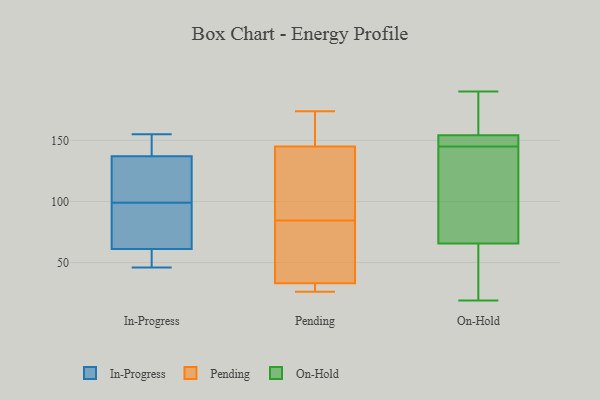
{"axis": {"x": "Conversion Rate (%)", "y": "Value"}, "legend": ["In-Progress", "On-Hold", "Pending"], "data": [{"x": "", "y": 115, "type": "In-Progress"}, {"x": "", "y": 47, "type": "In-Progress"}, {"x": "", "y": 61, "type": "In-Progress"}, {"x": "", "y": 86, "type": "In-Progress"}, {"x": "", "y": 100, "type": "In-Progress"}, {"x": "", "y": 48, "type": "In-Progress"}, {"x": "", "y": 145, "type": "In-Progress"}, {"x": "", "y": 46, "type": "In-Progress"}, {"x": "", "y": 98, "type": "In-Progress"}, {"x": "", "y": 96, "type": "In-Progress"}, {"x": "", "y": 152, "type": "In-Progress"}, {"x": "", "y": 137, "type": "In-Progress"}, {"x": "", "y": 119, "type": "In-Progress"}, {"x": "", "y": 155, "type": "In-Progress"}, {"x": "", "y": 33, "type": "Pending"}, {"x": "", "y": 81, "type": "Pending"}, {"x": "", "y": 120, "type": "Pending"}, {"x": "", "y": 88, "type": "Pending"}, {"x": "", "y": 80, "type": "Pending"}, {"x": "", "y": 147, "type": "Pending"}, {"x": "", "y": 174, "type": "Pending"}, {"x": "", "y": 145, "type": "Pending"}, {"x": "", "y": 26, "type": "Pending"}, {"x": "", "y": 27, "type": "Pending"}, {"x": "", "y": 19, "type": "On-Hold"}, {"x": "", "y": 170, "type": "On-Hold"}, {"x": "", "y": 33, "type": "On-Hold"}, {"x": "", "y": 43, "type": "On-Hold"}, {"x": "", "y": 98, "type": "On-Hold"}, {"x": "", "y": 156, "type": "On-Hold"}, {"x": "", "y": 65, "type": "On-Hold"}, {"x": "", "y": 86, "type": "On-Hold"}, {"x": "", "y": 162, "type": "On-Hold"}, {"x": "", "y": 145, "type": "On-Hold"}, {"x": "", "y": 190, "type": "On-Hold"}, {"x": "", "y": 146, "type": "On-Hold"}, {"x": "", "y": 149, "type": "On-Hold"}, {"x": "", "y": 67, "type": "On-Hold"}, {"x": "", "y": 147, "type": "On-Hold"}]}